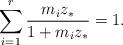
LaTeX: \begin{align*} \sum_{i=1}^r \frac{m_iz_*}{1+m_iz_*} = 1.\end{align*}